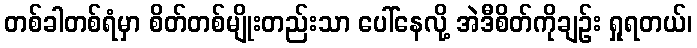
တစ်ခါတစ်ရံမှာ စိတ်တစ်မျိုးတည်းသာ ပေါ်နေလို့ အဲဒီစိတ်ကိုချဉ်း ရှုရတယ်၊